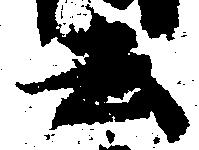
去